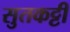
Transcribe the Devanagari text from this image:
सुतकट्टी